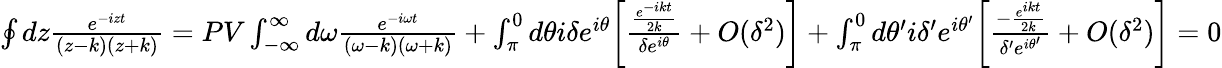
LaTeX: \begin{array}{r}{\oint dz\frac{e^{-izt}}{(z-k)(z+k)}=PV\int_{-\infty}^{\infty}d\omega\frac{e^{-i\omega t}}{(\omega-k)(\omega+k)}+\int_{\pi}^{0}d\theta i\delta e^{i\theta}\bigg[\frac{\frac{e^{-ikt}}{2k}}{\delta e^{i\theta}}+O(\delta^{2})\bigg]+\int_{\pi}^{0}d\theta^{\prime}i\delta^{\prime}e^{i\theta^{\prime}}\bigg[\frac{-\frac{e^{ikt}}{2k}}{\delta^{\prime}e^{i\theta^{\prime}}}+O(\delta^{2})\bigg]=0}\end{array}